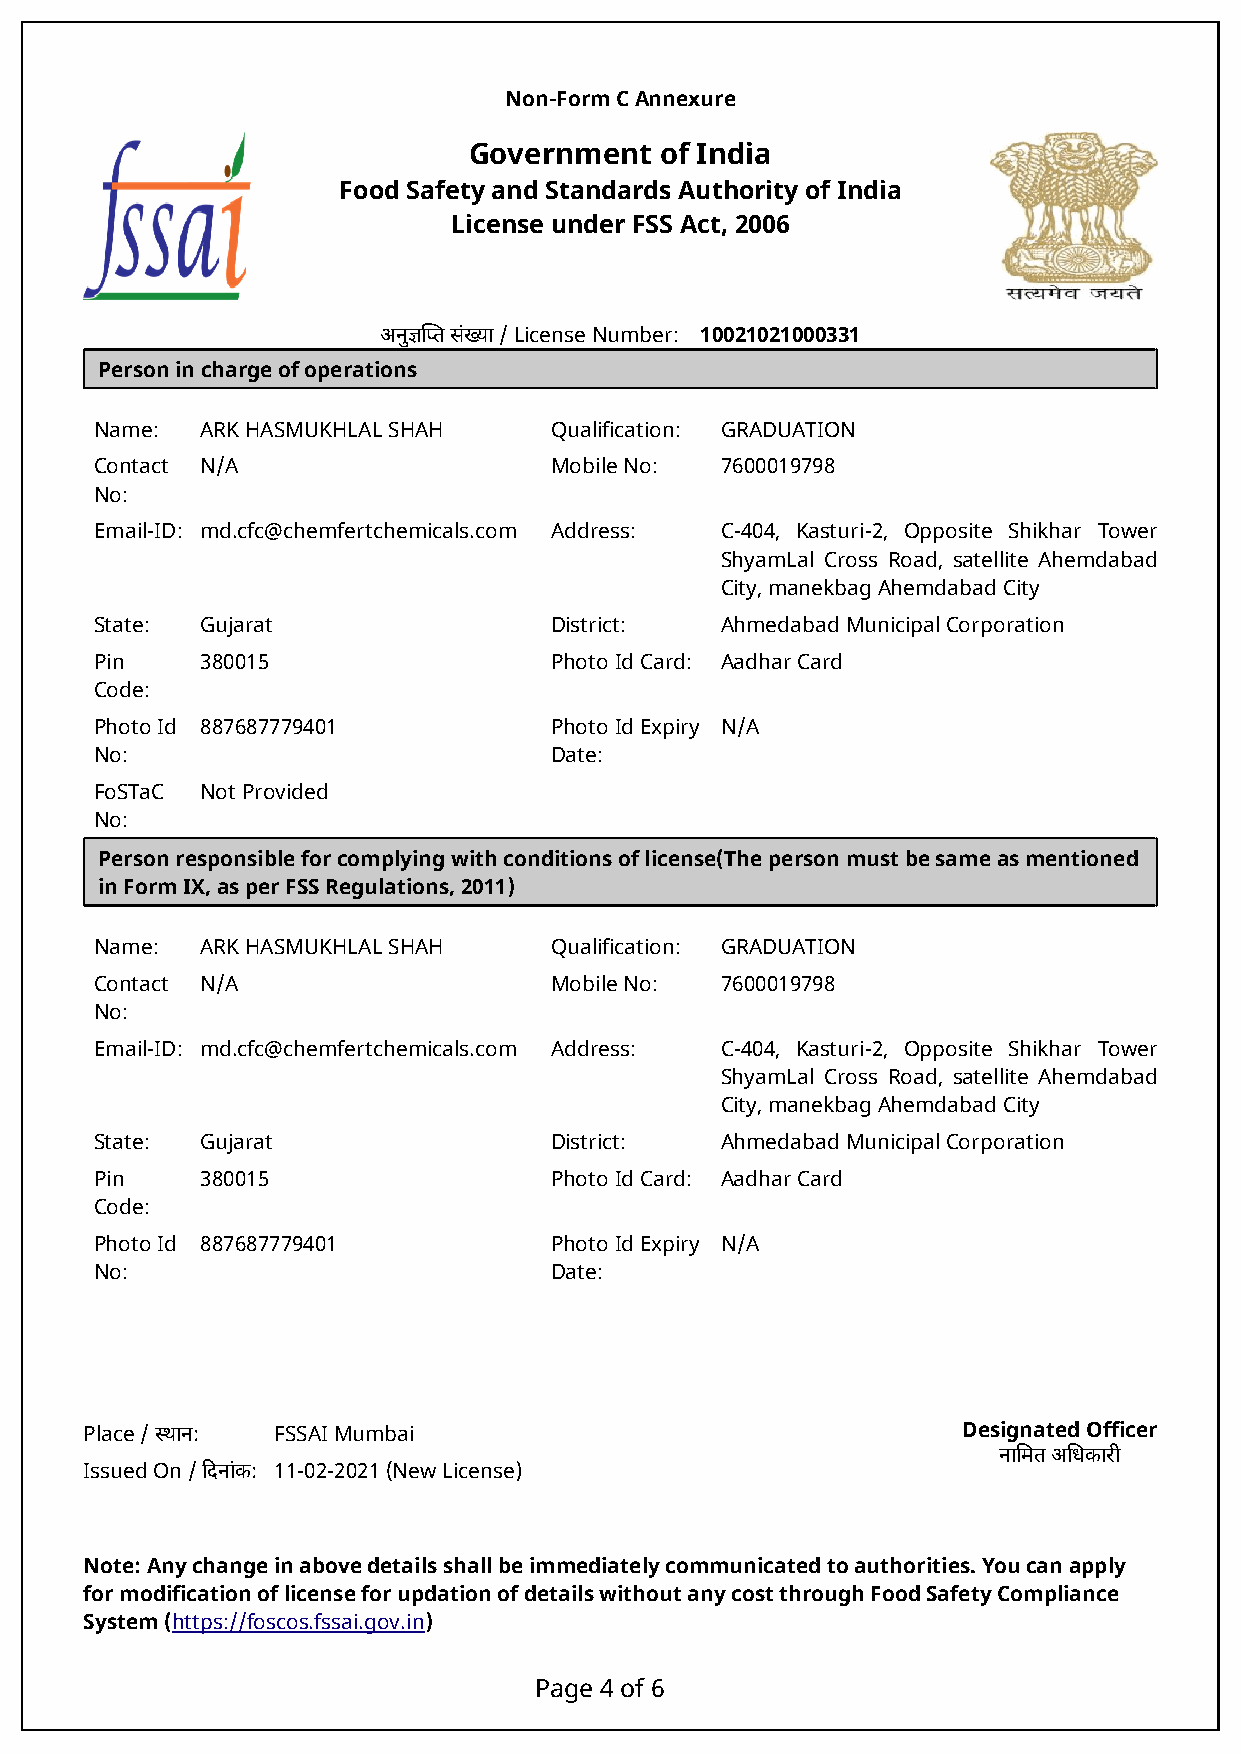
Non-Form C Annexure
 Government   of India
 Food Safety and Standards Authority of India
 License under FSS Act, 2006
 अनुज्ञिप्त संख्या / License Number: 10021021000331
 Person in charge of operations
 Name:  ARK HASMUKHLAL SHAH    Qualification: GRADUATION
 Contact N/A                   Mobile No:  7600019798
 No:
 Email-ID: md.cfc@chemfertchemicals.com Address: C-404, Kasturi-2, Opposite Shikhar Tower
 ShyamLal Cross Road, satellite Ahemdabad
 City, manekbag Ahemdabad City
 State: Gujarat                District:   Ahmedabad Municipal Corporation
 Pin    380015                 Photo Id Card: Aadhar Card
 Code:
 Photo Id 887687779401         Photo Id Expiry N/A
 No:                           Date:
 FoSTaC Not Provided
 No:
 Person responsible for complying with conditions of license(The person must be same as mentioned
 in Form IX, as per FSS Regulations, 2011)
 Name:  ARK HASMUKHLAL SHAH    Qualification: GRADUATION
 Contact N/A                   Mobile No:  7600019798
 No:
 Email-ID: md.cfc@chemfertchemicals.com Address: C-404, Kasturi-2, Opposite Shikhar Tower
 ShyamLal Cross Road, satellite Ahemdabad
 City, manekbag Ahemdabad City
 State: Gujarat                District:   Ahmedabad Municipal Corporation
 Pin    380015                 Photo Id Card: Aadhar Card
 Code:
 Photo Id 887687779401         Photo Id Expiry N/A
 No:                           Date:
 Place / स्थान: FSSAI Mumbai                               Designated Officer
 नािमत अिधकारी
 Issued On / िदनांक: 11-02-2021 (New License)
 Note: Any change in above details shall be immediately communicated to authorities. You can apply
 for modification of license for updation of details without any cost through Food Safety Compliance
 System (https://foscos.fssai.gov.in)
 Page 4 of 6